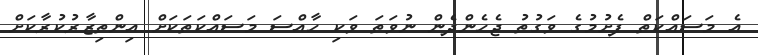
އެ މަސައްކަތް ފެށުމުގެ ވަގުތު ޖެހެންދެން ނުވަތަ ވަކި ހާއްސަ މަސައްކަތަކަށް އިންތިޒާރުކުރާކަށް